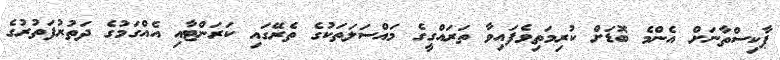
ޕާކިސްތާނަށް އެންމެ ބޮޑަށް ކުރިމަތިވެފައިވާ ތަރައްގީގެ މައްސަލަތަކުގެ ތެރޭގައި ކަރަންޓާއި އެއްގަމުގެ ދަތުރުފަތުރުގެ